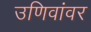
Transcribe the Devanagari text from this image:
उणिवांवर